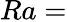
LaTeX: Ra=